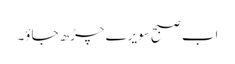
اب صبح سویرے چڑھ جاؤ۔